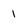
Character: 1